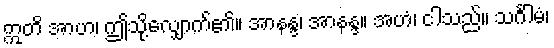
ဣတိ အာဟ၊ ဤသို့လျှောက်၏။ အာနန္ဒ၊ အာနန္ဒ။ အဟံ၊ ငါသည်။ သင်္ဂါမံ၊